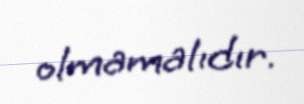
olmamalıdır.